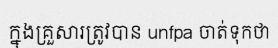
ក្នុងគ្រួសារត្រូវបាន unfpa ចាត់ទុកថា